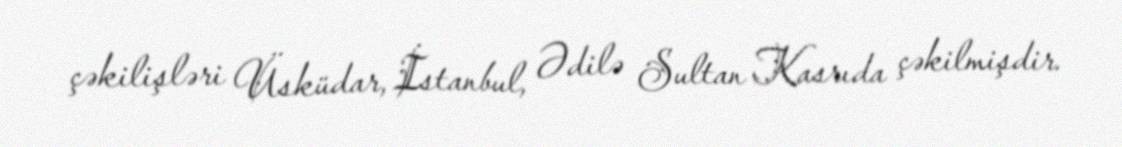
çəkilişləri Üsküdar, İstanbul, Ədilə Sultan Kasrıda çəkilmişdir.